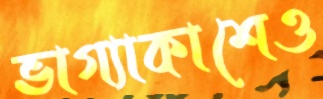
ভাগ্যাকাশেও